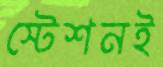
স্টেশনই